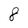
Character: 8